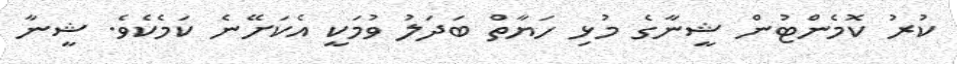
ކުރު ކޮމެންޓުން ޝީނާގެ މުޅި ހަޔާތް ބަދަލު ވުމަކީ އެކަށޭނެ ކަމެކެވެ. ޝީނާ